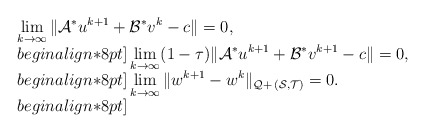
\begin{align*}\begin{array}{ll}\displaystyle \lim_{k\to\infty} \|\mathcal{A}^*u^{k+1} + \mathcal{B}^*v^{k} - c\|= 0, \\begin{align*}8pt]\displaystyle\lim_{k\to\infty} (1-\tau)\|\mathcal{A}^*u^{k+1} + \mathcal{B}^*v^{k+1} - c\|= 0, \\begin{align*}8pt]\displaystyle \lim_{k\to\infty} \|w^{k+1} - w^k\|_{\mathcal{Q}+\,(\mathcal{S}, \mathcal{T})} = 0.\\begin{align*}8pt]\end{array}\end{align*}